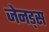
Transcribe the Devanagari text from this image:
जेनड्स